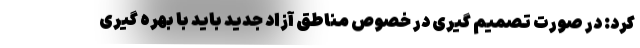
کرد: در صورت تصمیم گیری در خصوص مناطق آزاد جدید باید با بهره گیری